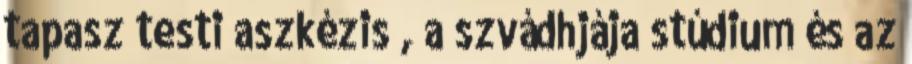
tapasz testi aszkézis , a szvádhjája stúdium és az